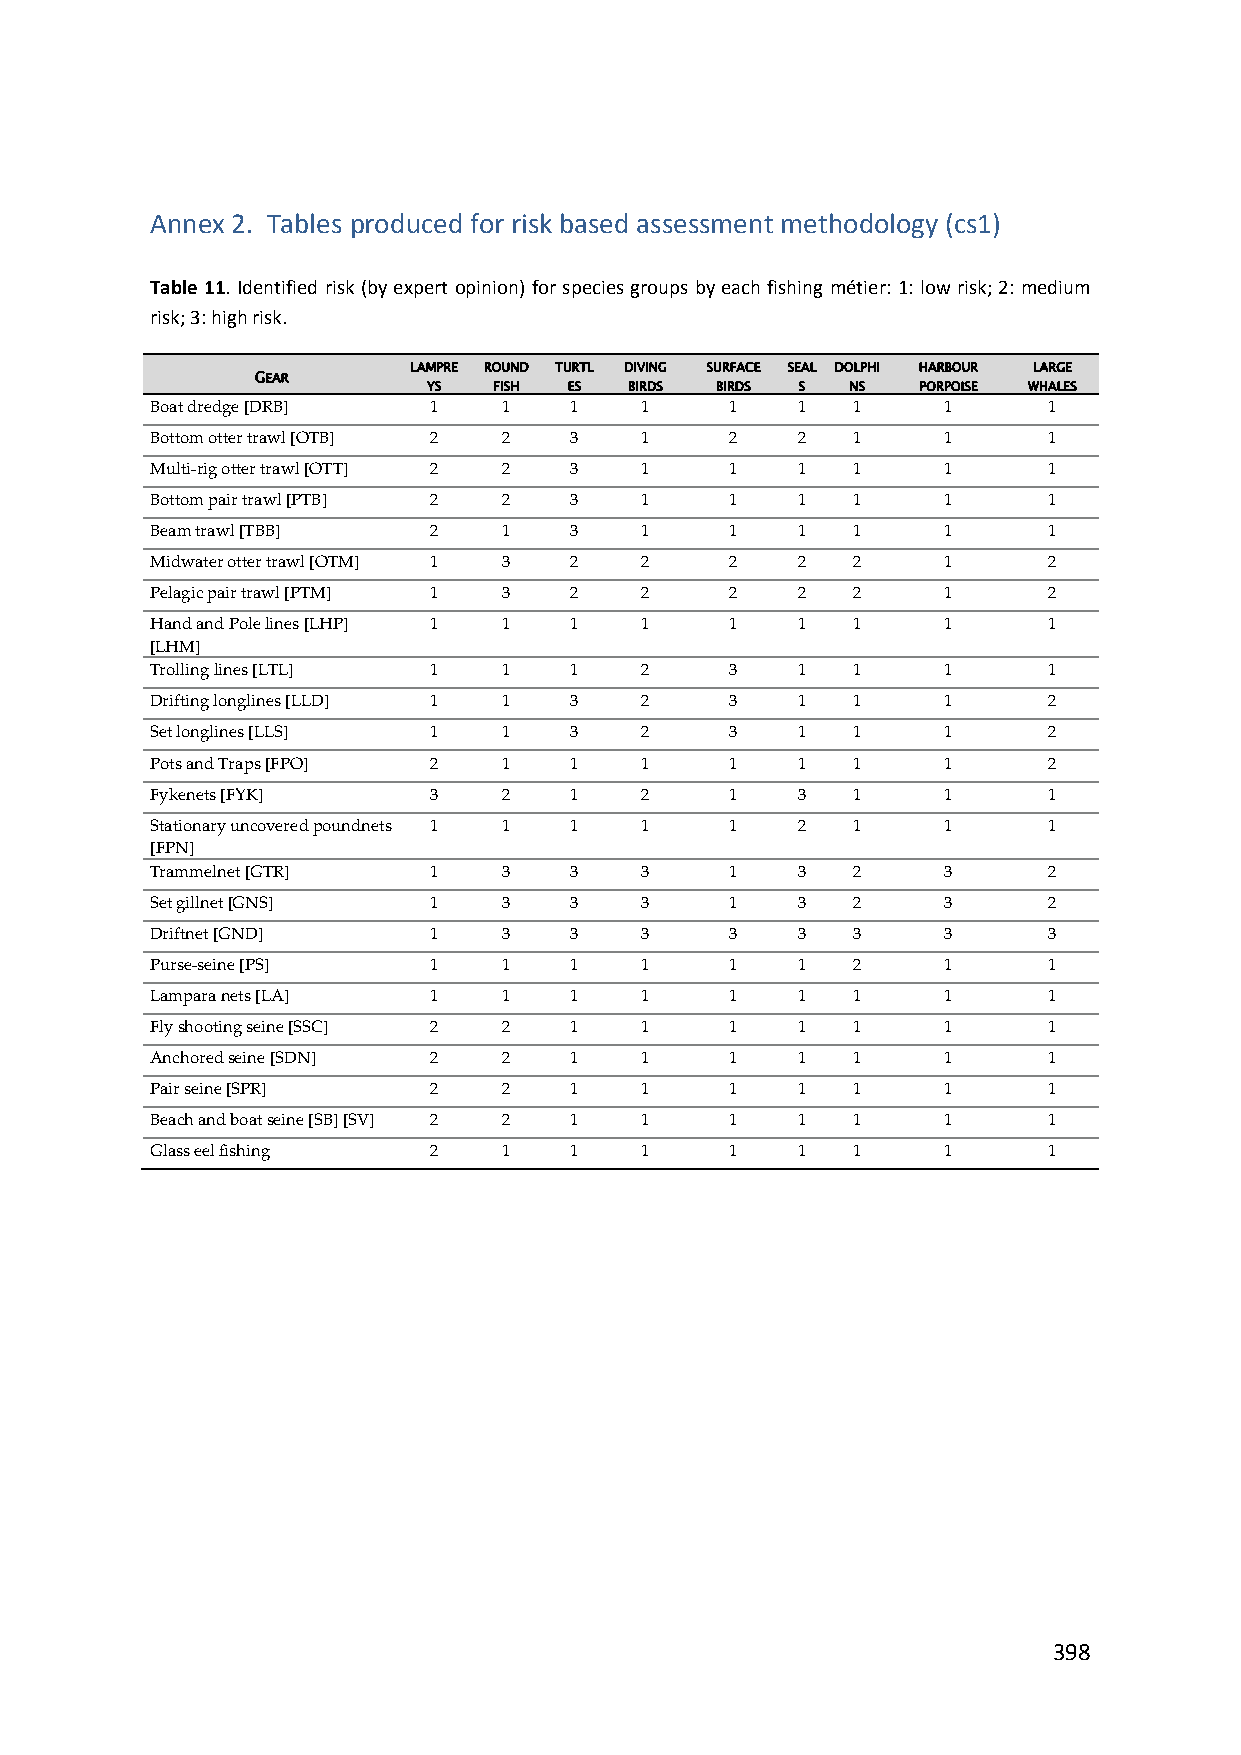
Annex 2. Tables produced for risk based assessment methodology (cs1)
 Table 11. Identified risk (by expert opinion) for species groups by each fishing métier: 1: low risk; 2: medium
 risk; 3: high risk.
 LAMPRE ROUND TURTL DIVING SURFACE SEAL DOLPHI HARBOUR LARGE
 GEAR
 YS   FISH ES  BIRDS BIRDS S NS   PORPOISE WHALES
 Boat dredge [DRB] 1    1    1   1     1    1  1     1      1
 Bottom otter trawl [OTB] 2 2 3  1     2    2  1     1      1
 Multi‐rig otter trawl [OTT] 2 2 3 1   1    1  1     1      1
 Bottom pair trawl [PTB] 2 2 3   1     1    1  1     1      1
 Beam trawl [TBB]  2    1    3   1     1    1  1     1      1
 Midwater otter trawl [OTM] 1 3 2 2    2    2  2     1      2
 Pelagic pair trawl [PTM] 1 3 2  2     2    2  2     1      2
 Hand and Pole lines [LHP] 1 1 1 1     1    1  1     1      1
 [LHM]
 Trolling lines [LTL] 1 1    1   2     3    1  1     1      1
 Drifting longlines [LLD] 1 1 3  2     3    1  1     1      2
 Set longlines [LLS] 1  1    3   2     3    1  1     1      2
 Pots and Traps [FPO] 2 1    1   1     1    1  1     1      2
 Fykenets [FYK]    3    2    1   2     1    3  1     1      1
 Stationary uncovered poundnets 1 1 1 1 1   2  1     1      1
 [FPN]
 Trammelnet [GTR]  1    3    3   3     1    3  2     3      2
 Set gillnet [GNS] 1    3    3   3     1    3  2     3      2
 Driftnet [GND]    1    3    3   3     3    3  3     3      3
 Purse‐seine [PS]  1    1    1   1     1    1  2     1      1
 Lampara nets [LA] 1    1    1   1     1    1  1     1      1
 Fly shooting seine [SSC] 2 2 1  1     1    1  1     1      1
 Anchored seine [SDN] 2 2    1   1     1    1  1     1      1
 Pair seine [SPR]  2    2    1   1     1    1  1     1      1
 Beach and boat seine [SB] [SV] 2 2 1 1 1   1  1     1      1
 Glass eel fishing 2    1    1   1     1    1  1     1      1
 398